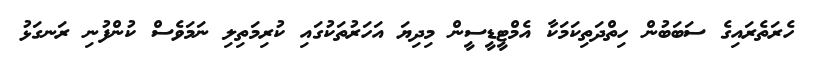
ހެރަތެރައިގެ ސަބަބުން ހިތްދަތިކަމަކާ އެމްޓީޑީސީން މިދިޔަ އަހަރުތަކުގައި ކުރިމަތިލި ނަމަވެސް ކުންފުނި ރަނގަޅު